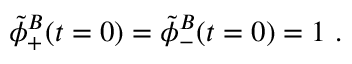
\tilde { \phi } _ { + } ^ { B } ( t = 0 ) = \tilde { \phi } _ { - } ^ { B } ( t = 0 ) = 1 \ .